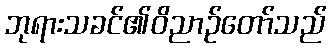
ဘုရားသခင်၏ဝိညာဉ်တော်သည်